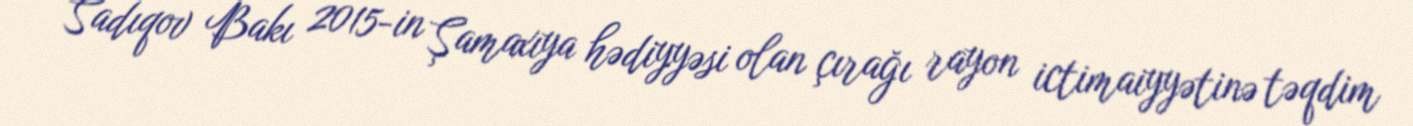
Sadıqov Bakı 2015-in Şamaxıya hədiyyəsi olan çırağı rayon ictimaiyyətinə təqdim